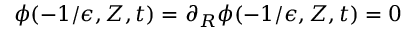
\phi ( - 1 / \epsilon , Z , t ) = \partial _ { R } \phi ( - 1 / \epsilon , Z , t ) = 0